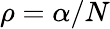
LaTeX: \rho=\alpha/N